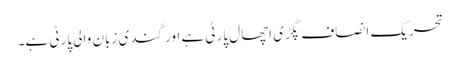
تحریک انصاف پگڑی اچھال پارٹی ہے اور گندی زبان والی پارٹی ہے۔